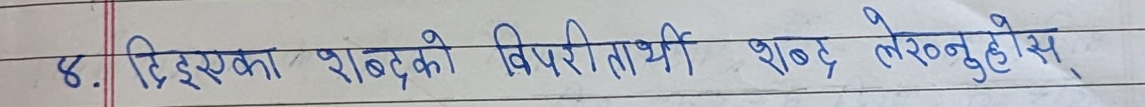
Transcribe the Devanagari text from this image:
दिइएका शब्दको विपरीतार्थी शब्द लेख्नुहोस्